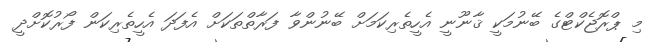
މި ޕްރޮޖެކްޓްގެ ބޭނުމަކީ ޤާނޫނީ އެހީތެރިކަމަށް ބޭނުންވާ ފަރާތްތަކަށް އެފަދަ އެހީތެރިކަން ފޯރުކޮށްދީ